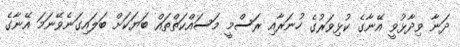
ދަނާ ވިދާޅުވީ އޭނާގެ ކުޅިވަރުގެ ހުނަރާއި ރަސްމީ މަސައްކަތްތައް ބަޔަކަށް ބަލައިގަނެވޭނަމަ އޭނާގެ